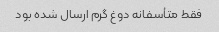
فقط متأسفانه دوغ گرم ارسال شده بود